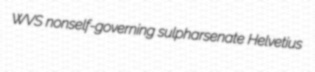
WVS nonself-governing sulpharsenate Helvetius